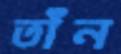
তাঁন